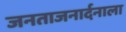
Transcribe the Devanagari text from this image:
जनताजनार्दनाला